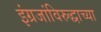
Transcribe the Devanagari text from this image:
इंग्रजांविरुद्धाच्या